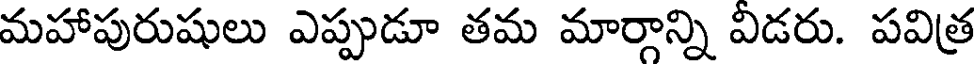
మహాపురుషులు ఎప్పుడూ తమ మార్గాన్ని విడరు. పవిత్ర